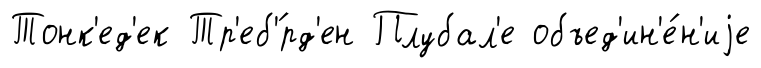
Тонк'ед'ек Тр'еб'́рд'ен Плубал'е объед'ин'е́н'иjе